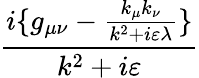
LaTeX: \frac{i\{ g_{\mu\nu}-\frac{k_{\mu}k_{\nu}}{k^{2}+i\varepsilon\lambda}\} }{k^{2}+i\varepsilon}